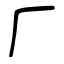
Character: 𠂆